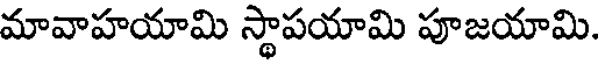
మావాహయామి స్థాపయామి పూజయామి.